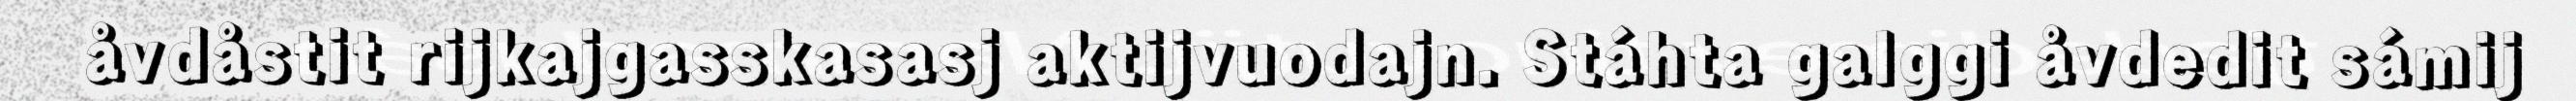
åvdåstit rijkajgasskasasj aktijvuodajn. Stáhta galggi åvdedit sámij